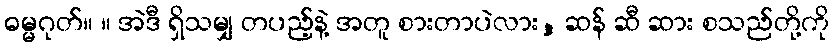
ဓမ္မဂုတ်။ ။ အဲဒီ ရှိသမျှ တပည့်နဲ့ အတူ စားတာပဲလား, ဆန် ဆီ ဆား စသည်တို့ကို